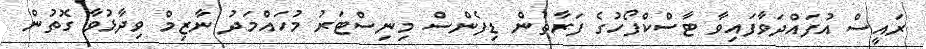
ރައީސް އުފައްދަވާފައިވާ ޓާސްކްފޯހުގެ ފަރާތުން ޑިފެންސް މިނިސްޓަރު މުހައްމަދު ނާޒިމް ވިދާޅުވާ ގޮތުން